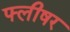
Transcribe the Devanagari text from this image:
फ्लीषर